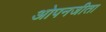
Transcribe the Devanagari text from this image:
ओपनजीता